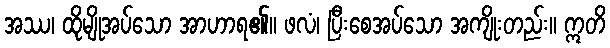
အဿ၊ ထိုမျိုအပ်သော အာဟာရ၏။ ဖလံ၊ ပြီးစေအပ်သော အကျိုးတည်း။ ဣတိ